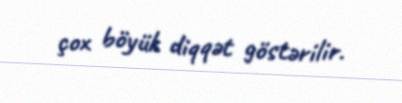
çox böyük diqqət göstərilir.